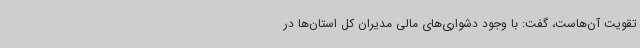
تقویت آن‌هاست، گفت: با وجود دشواری‌های مالی مدیران کل استان‌ها در